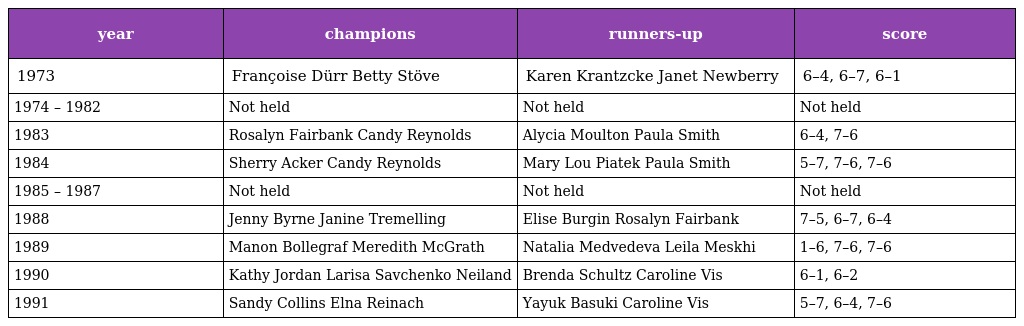
| year | champions | runners-up | score |
 | --- | --- | --- | --- |
 | 1973 | Françoise Dürr Betty Stöve | Karen Krantzcke Janet Newberry | 6–4, 6–7, 6–1 |
 | 1974 – 1982 | Not held | Not held | Not held |
 | 1983 | Rosalyn Fairbank Candy Reynolds | Alycia Moulton Paula Smith | 6–4, 7–6 |
 | 1984 | Sherry Acker Candy Reynolds | Mary Lou Piatek Paula Smith | 5–7, 7–6, 7–6 |
 | 1985 – 1987 | Not held | Not held | Not held |
 | 1988 | Jenny Byrne Janine Tremelling | Elise Burgin Rosalyn Fairbank | 7–5, 6–7, 6–4 |
 | 1989 | Manon Bollegraf Meredith McGrath | Natalia Medvedeva Leila Meskhi | 1–6, 7–6, 7–6 |
 | 1990 | Kathy Jordan Larisa Savchenko Neiland | Brenda Schultz Caroline Vis | 6–1, 6–2 |
 | 1991 | Sandy Collins Elna Reinach | Yayuk Basuki Caroline Vis | 5–7, 6–4, 7–6 |